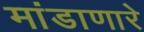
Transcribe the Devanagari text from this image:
मांडाणारे